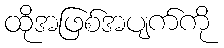
ထိုအဖြစ်အပျက်ကို